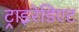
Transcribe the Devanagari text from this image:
ट्राइरेडिएट